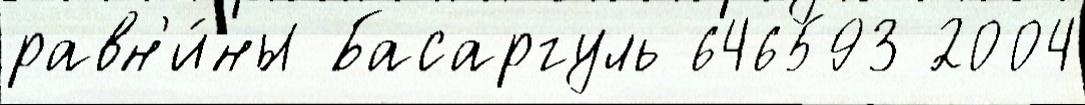
равн'и́ны Басаргуль 646593 2004